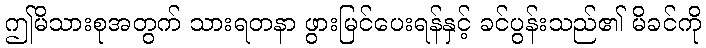
ဤမိသားစုအတွက် သားရတနာ ဖွားမြင်ပေးရန်နှင့် ခင်ပွန်းသည်၏ မိခင်ကို